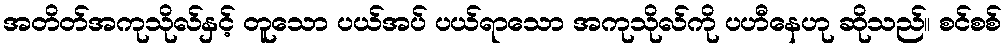
အတိတ်အကုသိုလ်နှင့် တူသော ပယ်အပ် ပယ်ရာသော အကုသိုလ်ကို ပဟီနေဟု ဆိုသည်။ စင်စစ်